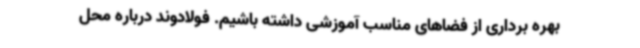
بهره برداری از فضاهای مناسب آموزشی داشته باشیم. فولادوند درباره محل